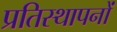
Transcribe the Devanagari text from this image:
प्रतिस्थापनों